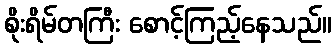
စိုးရိမ်တကြီး စောင့်ကြည့်နေသည်။